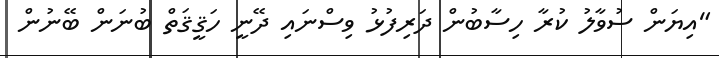
"އިޔަން ސުވާލު ކުރާ ހިސާބުން ދަރިފުޅު ވިސްނައި ދޭނީ ހަޤީޤަތް ބުނަން ބޭނުން